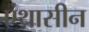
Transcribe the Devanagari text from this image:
एंथ्रासीन